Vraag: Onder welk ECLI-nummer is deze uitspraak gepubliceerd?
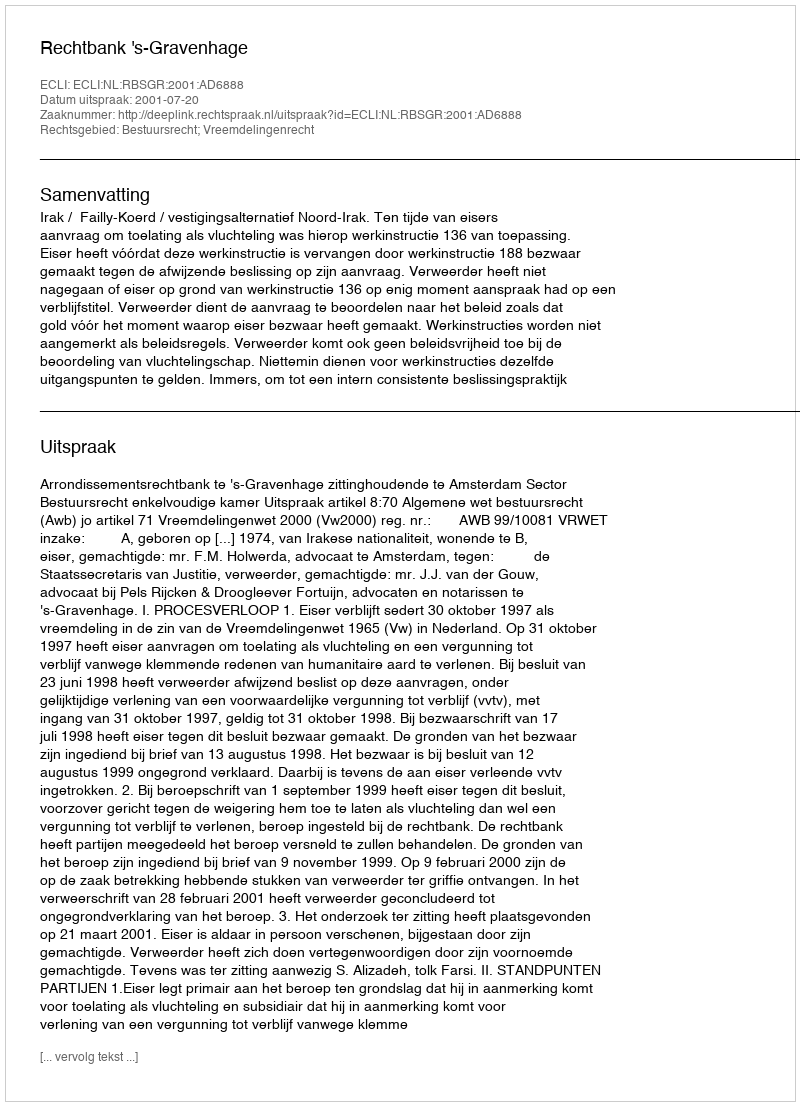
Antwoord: ECLI:NL:RBSGR:2001:AD6888